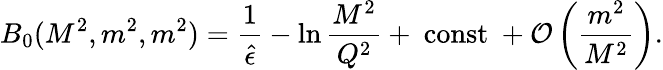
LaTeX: B_{0}(M^{2},m^{2},m^{2})={\frac{1}{\hat{\epsilon}}}-\ln{\frac{M^{2}}{Q^{2}}}+~\mathrm{const}~+{\cal O}\left({\frac{m^{2}}{M^{2}}}\right).